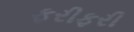
ફરીફરી